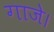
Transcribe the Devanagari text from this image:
गाजे।